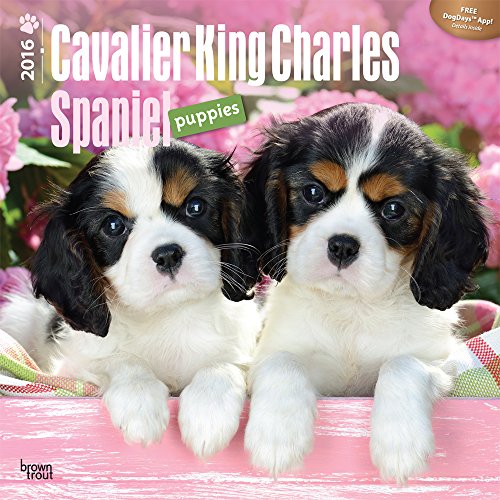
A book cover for Cavalier King Charles Spaniel Puppies 2016 Square 12x12; Browntrout Publishers; Calendars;